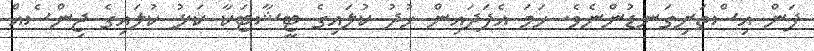
ފަން އިސްތަށިގަނޑުންނެވެ. ހަމަ އެފަދައިން ހުދު ކުލައިގެ ޓީޝާޓަކާ ކަޅު ކުލައިގެ ޖިންސެއް